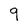
Character: q